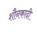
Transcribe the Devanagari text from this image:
शौनकादी